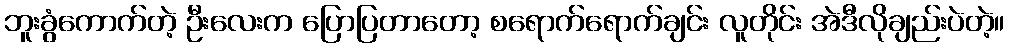
ဘူးခွံကောက်တဲ့ ဦးလေးက ပြောပြတာတော့ စရောက်ရောက်ချင်း လူတိုင်း အဲဒီလိုချည်းပဲတဲ့။